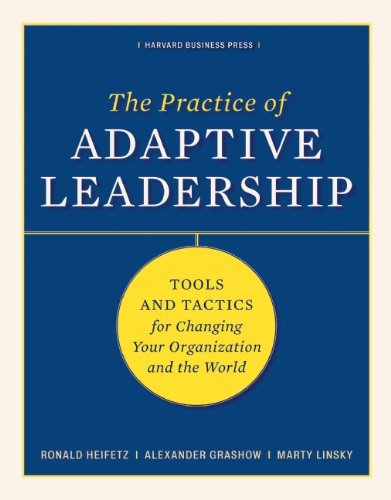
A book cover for The Practice of Adaptive Leadership: Tools and Tactics for Changing Your Organization and the World; Ronald A. Heifetz; Business & Money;